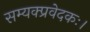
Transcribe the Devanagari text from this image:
सम्यक्प्रवेदकः।